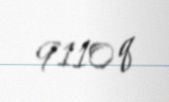
9110 q